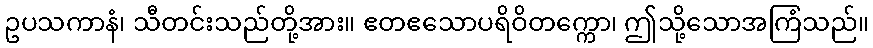
ဥပသကာနံ၊ သီတင်းသည်တို့အား။ ဧတဧသောပရိဝိတက္ကော၊ ဤသို့သောအကြံသည်။